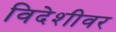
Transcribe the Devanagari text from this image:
विदेशीवर